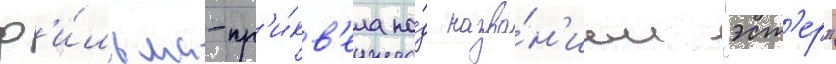
ф'и́льма-пр'и́кв'ела по́д назва́н'ием "эст'ер"